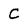
Character: C